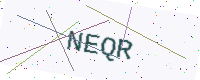
Text: NEQR